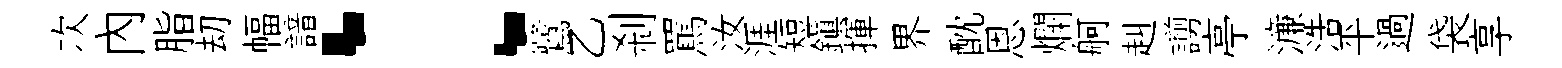
次内脂刧幅諳：鷺乙剎罵汝涯短鎮揮界酖恩爛舸赳謭亭濓浩平過袋享